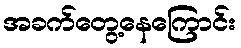
အခက်တွေ့နေကြောင်း